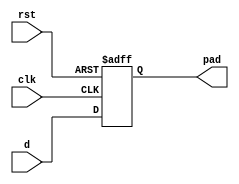
//////////////////////////////////////////////////////////////////////
////                                                              ////
////  SMII                                                        ////
////                                                              ////
////  Description                                                 ////
////  Low pin count serial MII ethernet interface                 ////
////                                                              ////
////  To Do:                                                      ////
////   -                                                          ////
////                                                              ////
////  Author(s):                                                  ////
////      - Michael Unneback, unneback@opencores.org              ////
////        ORSoC AB          michael.unneback@orsoc.se           ////
////                                                              ////
//////////////////////////////////////////////////////////////////////
////                                                              ////
//// Copyright (C) 2009 Authors and OPENCORES.ORG                 ////
////                                                              ////
//// This source file may be used and distributed without         ////
//// restriction provided that this copyright statement is not    ////
//// removed from the file and that any derivative work contains  ////
//// the original copyright notice and the associated disclaimer. ////
////                                                              ////
//// This source file is free software; you can redistribute it   ////
//// and/or modify it under the terms of the GNU Lesser General   ////
//// Public License as published by the Free Software Foundation; ////
//// either version 2.1 of the License, or (at your option) any   ////
//// later version.                                               ////
////                                                              ////
//// This source is distributed in the hope that it will be       ////
//// useful, but WITHOUT ANY WARRANTY; without even the implied   ////
//// warranty of MERCHANTABILITY or FITNESS FOR A PARTICULAR      ////
//// PURPOSE.  See the GNU Lesser General Public License for more ////
//// details.                                                     ////
////                                                              ////
//// You should have received a copy of the GNU Lesser General    ////
//// Public License along with this source; if not, download it   ////
//// from http://www.opencores.org/lgpl.shtml                     ////
////                                                              ////
//////////////////////////////////////////////////////////////////////
module obufdff
  (
   input d,
   output reg pad,
   input clk,
   input rst
   );

   always @ (posedge clk or posedge rst)
     if (rst)
       pad <= #1 1'b0;
     else
       pad <= #1 d;
   
endmodule // obufdff

module ibufdff
  (
   input pad,
   output reg q,
   input clk,
   input rst
   );

   always @ (posedge clk or posedge rst)
     if (rst)
       q <= #1 1'b0;
     else
       q <= #1 pad;
   
endmodule // ibufdff

module iobuftri
  (
   input i,
   input oe,
   output o,
   inout pad
   );

   assign #1 pad = oe ? i : 1'bz;
   assign #1 o = pad;
   
endmodule // iobuftri

module obuf
  (
   input i,
   inout pad
   );

   assign #1 pad = i;
   
endmodule // iobuftri